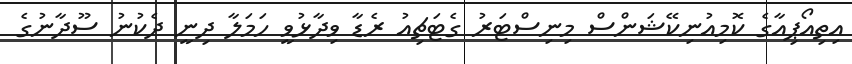
އިތިއޯޕިއާގެ ކޮމިއުނިކޭޝަންސް މިނިސްޓަރު ގެޓަޗިއު ރެޑާ ވިދާޅުވީ ހަމަލާ ދިނީ ދެކުނު ސޫދާނުގެ